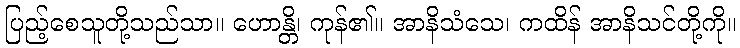
ပြည့်စေသူတို့သည်သာ။ ဟောန္တိ၊ ကုန်၏။ အာနိသံသေ၊ ကထိန် အာနိသင်တို့ကို။